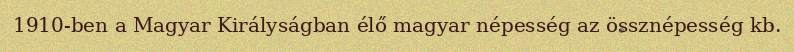
1910-ben a Magyar Királyságban élő magyar népesség az össznépesség kb.